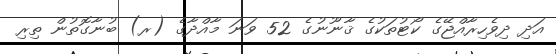
އަދި ދިވެހިރާއްޖޭގެ ކޯޓުތަކުގެ ޤާނޫނުގެ 52 ވަނަ މާއްދާގެ (ރ) ބުނާގޮތުން ތިރި